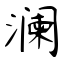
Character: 澜